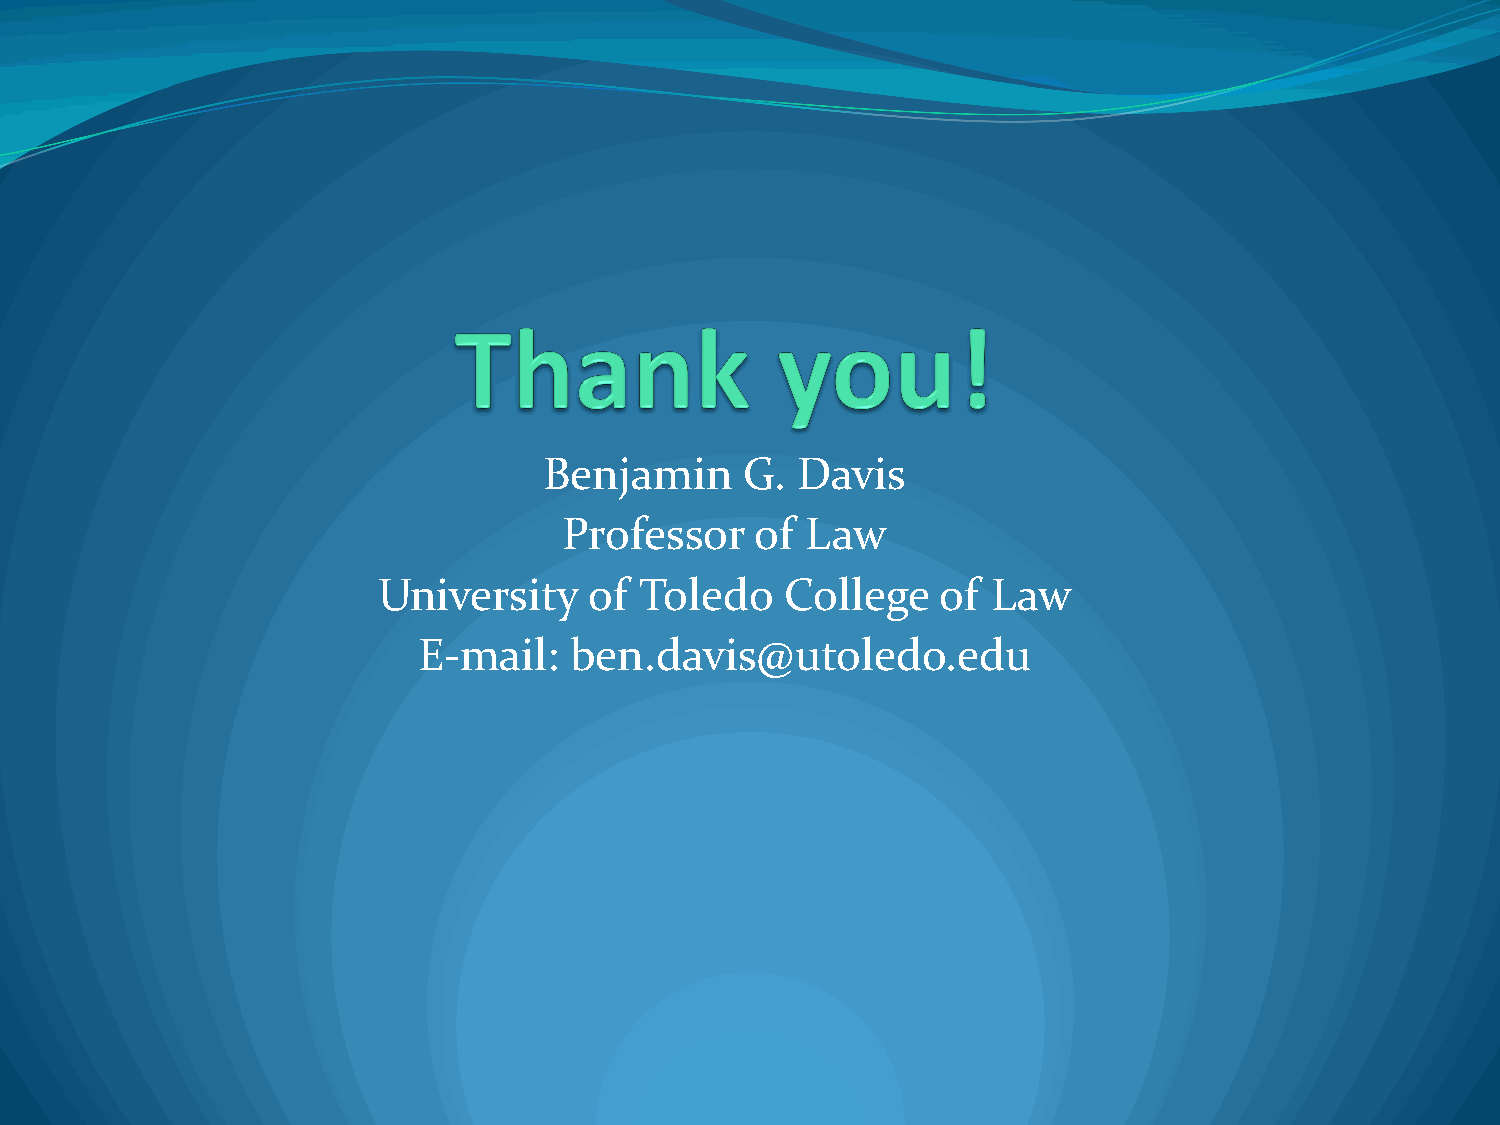
Benjamin     G.  Davis
 Professor    of Law
 University    of Toledo    College   of  Law
 E-mail:   ben.davis@utoledo.edu